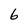
Character: 6